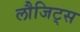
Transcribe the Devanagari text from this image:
लौजिट्स